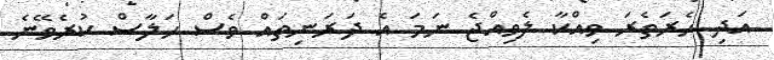
އަދި ހެރަތެރަ ވިއްކާ ލެވިއްޖެ ނަމަ އެ ދަރަނިތައް ވެސް ހަލާސް ކުރެވޭނެ